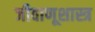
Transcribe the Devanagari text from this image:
जीवाणूशास्त्र